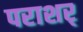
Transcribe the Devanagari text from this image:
पराशर्